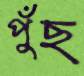
পুঁছ